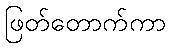
ဖြတ်တောက်ကာ